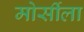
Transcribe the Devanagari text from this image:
मोर्सीला